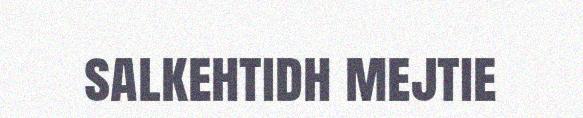
salkehtidh mejtie